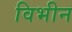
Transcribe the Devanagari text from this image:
विभीन